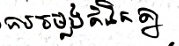
ការចម្លងគំនិតគ្នា